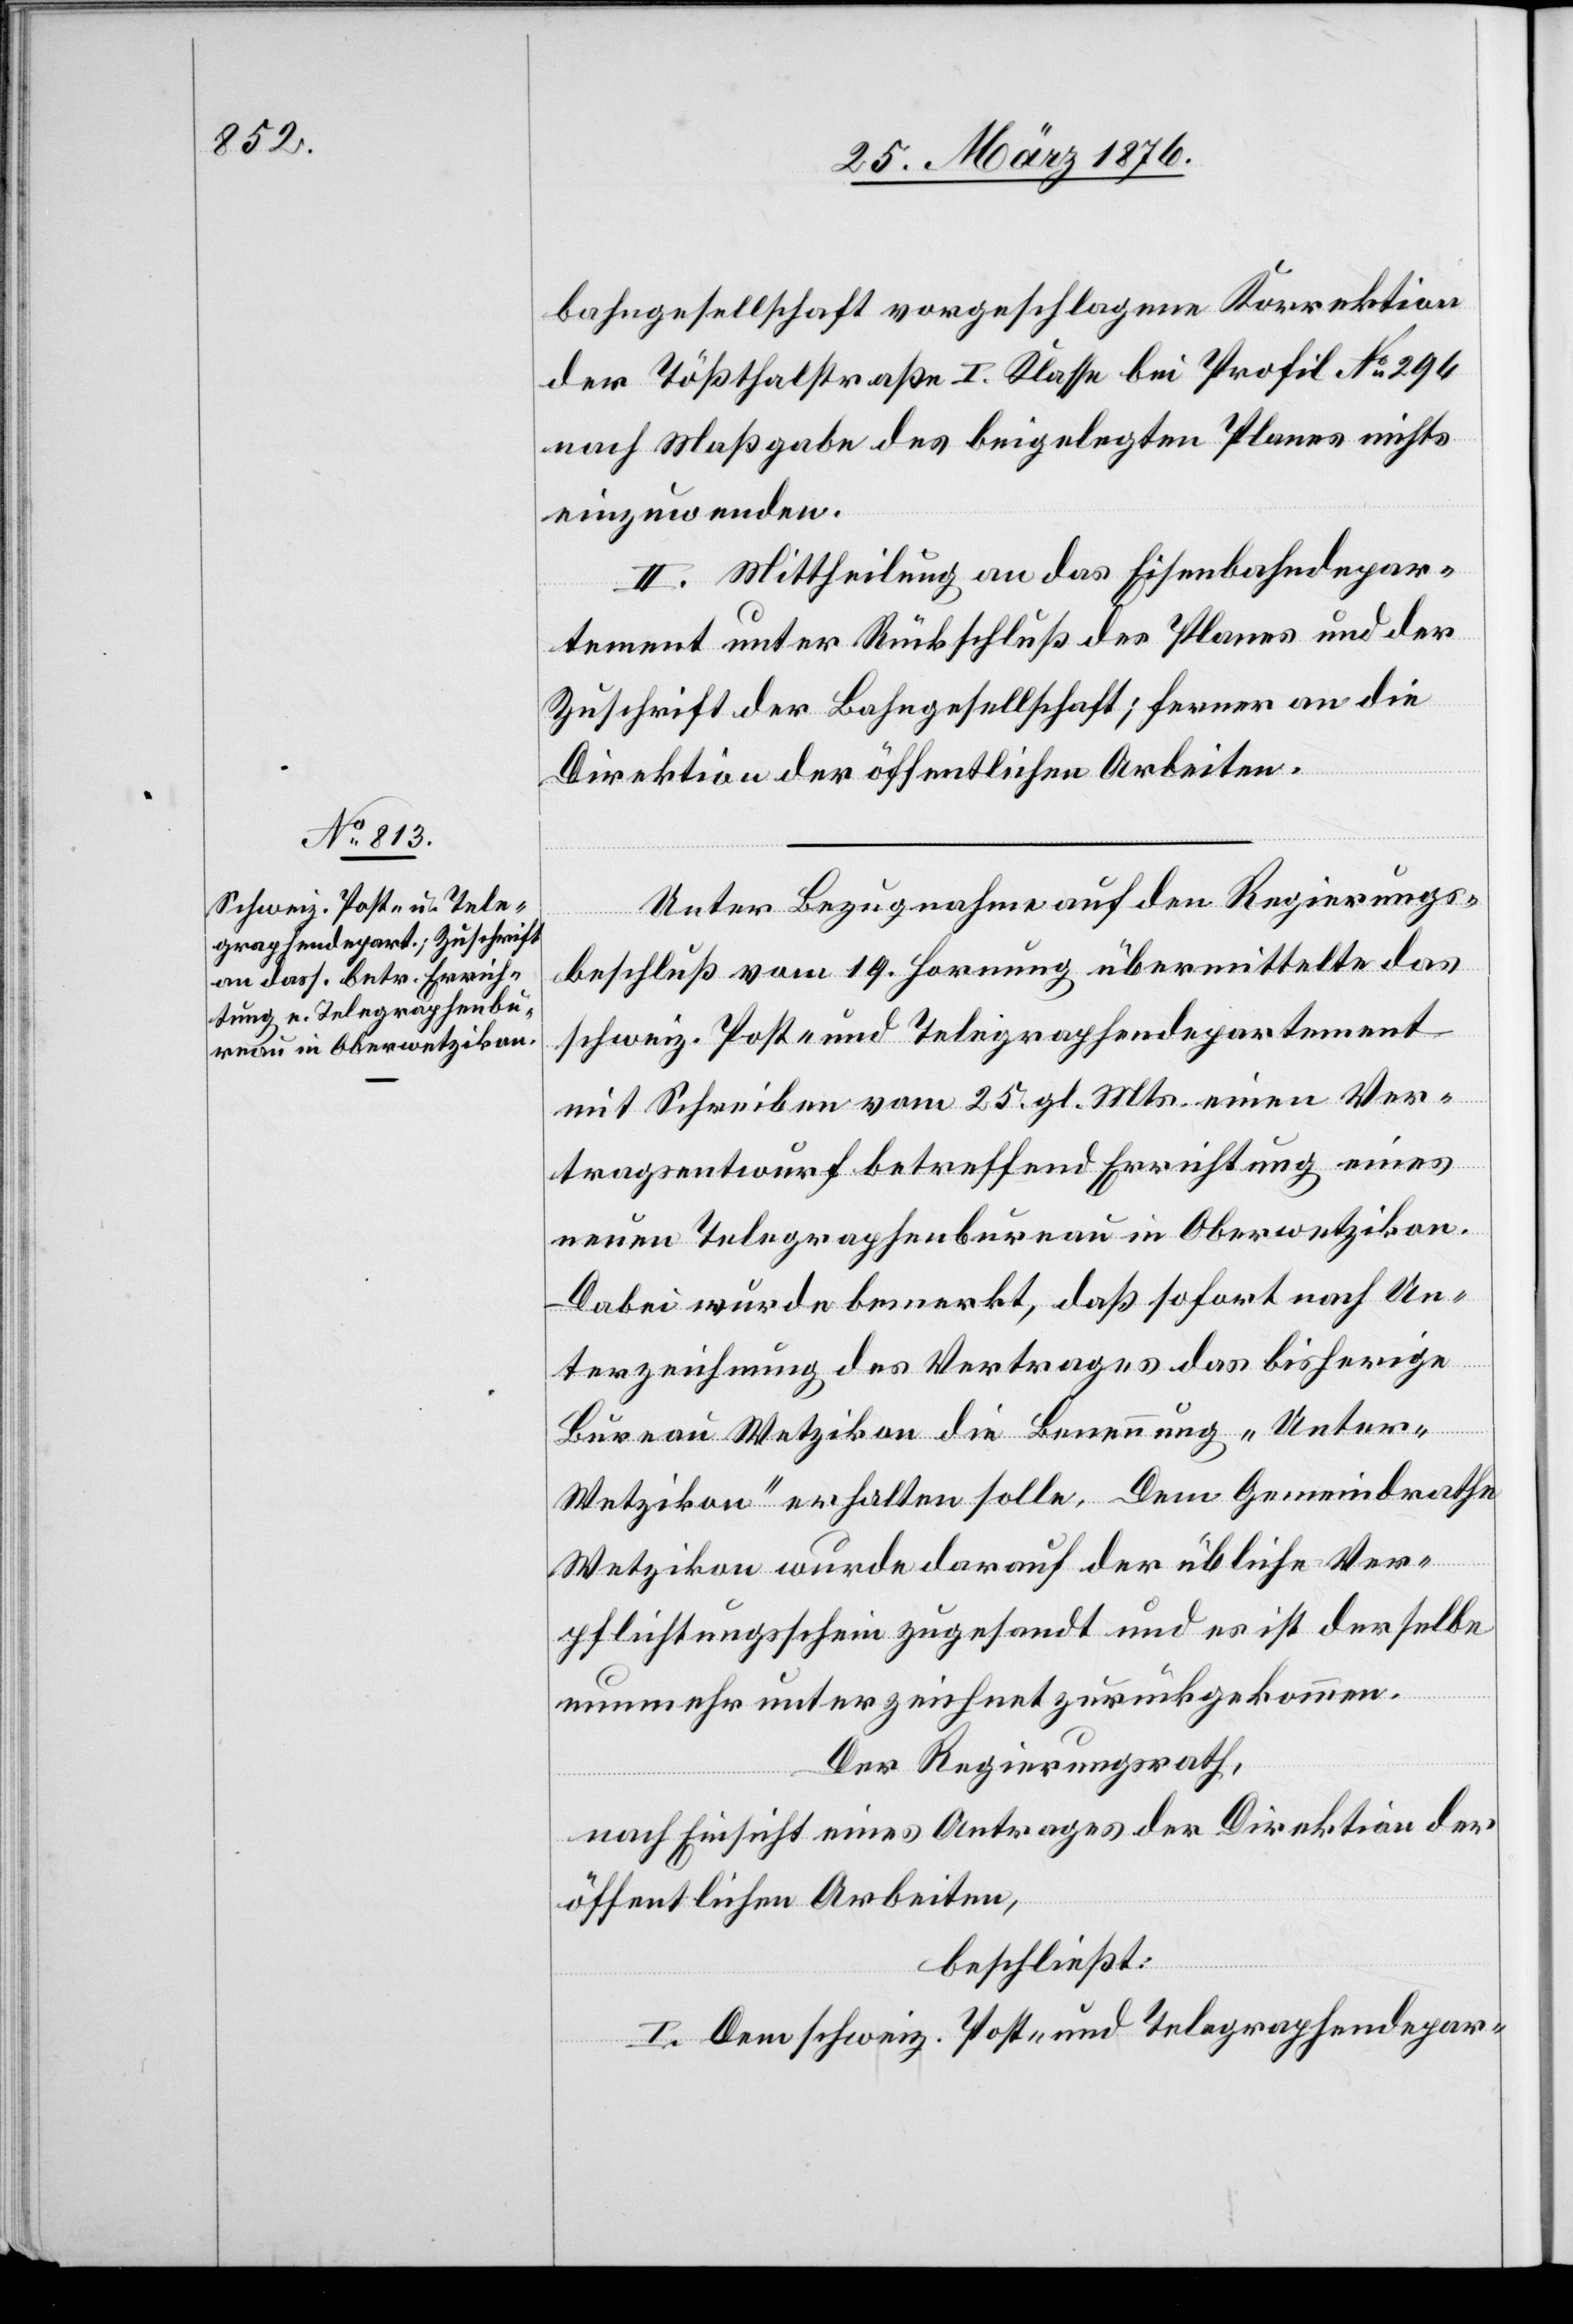
bahngesellschaft vorgeschlagene Korrektion
der Tößthalstraße I. Klasse bei Profil No 294
nach Maßgabe des beigelegten Planes nichts
einzuwenden.
II. Mittheilung an das Eisenbahndepar¬
tement unter Rückschluß des Planes und der
Zuschrift der Bahngesellschaft; ferner an die
Direktion der öffentlichen Arbeiten.
Unter Bezugnahme auf den Regierungs¬
beschluß vom 19. Hornung übermittelte das
schweiz. Post- und Telegraphendepartement
mit Schreiben vom 25. gl. Mts. einen Ver¬
tragsentwurf betreffend Errichtung eines
neuen Telegraphenbureau in Oberwetzikon.
Dabei wurde bemerkt, daß sofort nach Un¬
terzeichnung des Vertrages das bisherige
Bureau Wetzikon die Benennung „Unter-W¬
etzikon“ erhalten solle. Dem Gemeindrathe
Wetzikon wurde darauf der übliche Ver¬
pflichtungsschein zugesandt und es ist derselbe
nunmehr unterzeichnet zurückgekommen.
Der Regierungsrath,
nach Einsicht eines Antrages der Direktion der
öffentlichen Arbeiten,
beschließt:
I. Dem schweiz. Post- und Telegraphendepar-